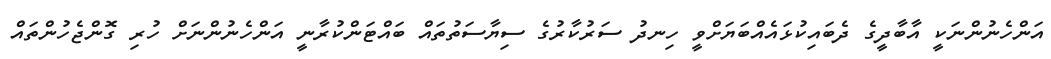
އަންހެނުންނަކީ އާބާދީގެ ދެބައިކުޅައެއްބަޔަށްވީ ހިނދު ސަރުކާރުގެ ސިޔާސަތުތައް ބައްޓަންކުރާނީ އަންހެނުންނަށް ހުރި ގޮންޖެހުންތައް